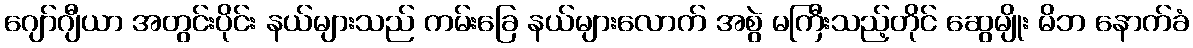
ဂျော်ဂျီယာ အတွင်းပိုင်း နယ်များသည် ကမ်းခြေ နယ်များလောက် အစွဲ မကြီးသည့်တိုင် ဆွေမျိုး မိဘ နောက်ခံ